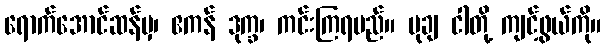
ရောက်အောင်ဆန်မှ၊ ဧကန် ဒုက္ခ၊ ကင်းကြရမည်။ မုချ ငါတို့ ကျင့်ဖွယ်ကို။